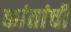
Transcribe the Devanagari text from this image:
कांतांची